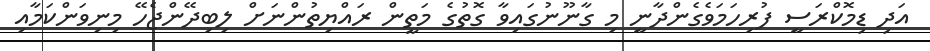
އަދި ޑިމޮކްރަސީ ފުރިހަމަވެގެންދާނީ މި ގާނޫނުގައިވާ ގޮތުގެ މަތީން ރައްޔިތުންނަށް ލިބިދޭންޖެހޭ މިނިވަންކަމާއި